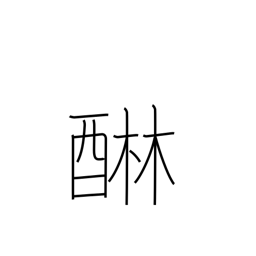
Meaning: remove astringency